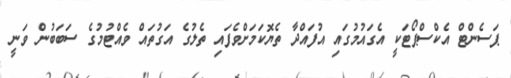
ޕަސެންޓް އެކްސްޕޯޓަކީ އެގައުމުގައި އުފައްދާ ތެޔޮކަމަށްވެފައި ތެލުގެ އަގުތައް ވެއްޓުމުގެ ސަބަބުން ވަނީ